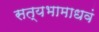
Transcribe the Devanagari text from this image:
सत्यभामाधवं